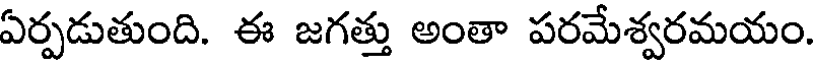
ఏర్పడుతుంది. ఈ జగత్తు అంతా పరమేశ్వరమయం.